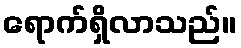
ရောက်ရှိလာသည်။